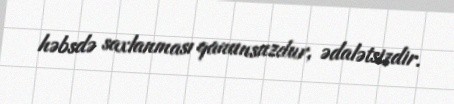
həbsdə saxlanması qanunsuzdur, ədalətsizdir.